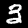
Label: 3